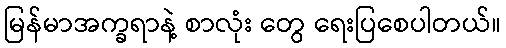
မြန်မာအက္ခရာနဲ့ စာလုံး တွေ ရေးပြစေပါတယ်။